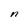
Character: n